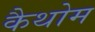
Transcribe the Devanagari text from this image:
कैथोम